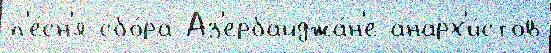
п'е́сн'я сбо́ра Аз'ербайджа́н'е анарх'и́стов